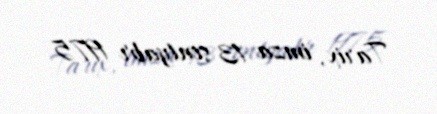
Tarix, imza 13 sentyabr 1975